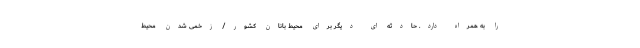
را به همراه دارد. حادثه ای دیگر برای محیط بانان کشور/ زخمی ‌شدن محیط